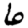
Digit: 6